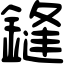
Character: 鏠